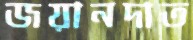
জয়ানদাত